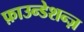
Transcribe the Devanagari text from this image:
फ़ाउन्डेशन्ज़